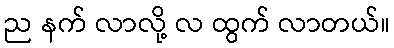
ည နက် လာလို့ လ ထွက် လာတယ်။